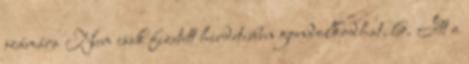
számára Nem csak fizetett hirdetésben gondolkodhat. 6. Itt a